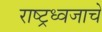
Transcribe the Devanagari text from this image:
राष्ट्रध्वजाचे